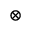
\otimes